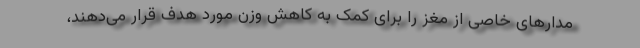
مدارهای خاصی از مغز را برای کمک به کاهش وزن مورد هدف قرار می‌دهند،